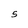
Character: S